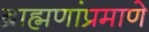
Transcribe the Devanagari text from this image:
ब्राह्मणांप्रमाणे